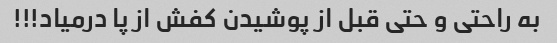
به راحتی و حتی قبل از پوشیدن کفش از پا درمیاد!!!